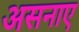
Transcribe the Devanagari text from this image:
असनाए